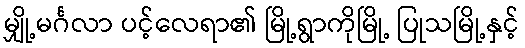
မျှို့မင်္ဂလာ ပင့်လေရာ၏ မြို့ရွာကိုမြို့ ပြုသမြို့နှင့်